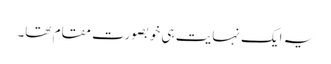
یہ ایک نہایت ہی خوبصورت مقام تھا۔